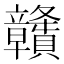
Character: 𥫔